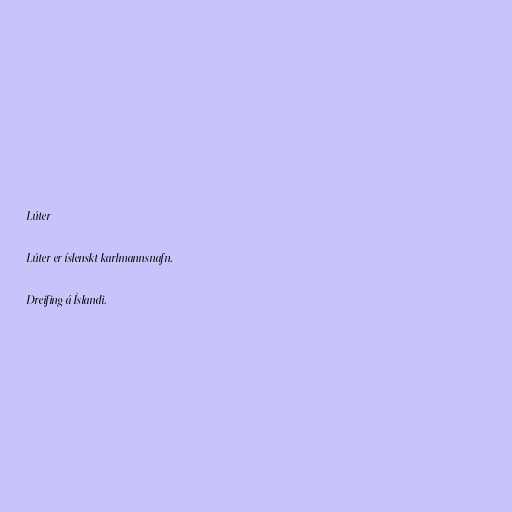
Lúter

Lúter er íslenskt karlmannsnafn.

Dreifing á Íslandi.